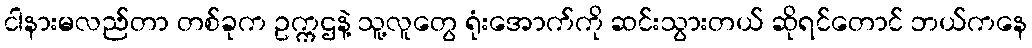
ငါနားမလည်တာ တစ်ခုက ဥက္ကဌနဲ့ သူ့လူတွေ ရုံးအောက်ကို ဆင်းသွားတယ် ဆိုရင်တောင် ဘယ်ကနေ